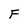
Character: F